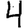
Digit: 4